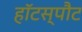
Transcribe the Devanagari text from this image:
हॉटस्‍पौट